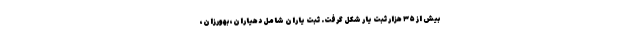
بیش از ۳۵ هزار ثبت یار شکل گرفت. ثبت یاران شامل دهیاران، بهورزان،